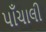
પાઁચાલી